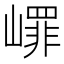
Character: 嶵